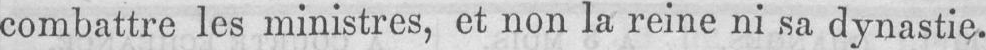
combattre les ministres, et non la reine ni sa dynastie.